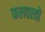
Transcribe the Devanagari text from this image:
फलवत्यो